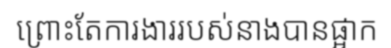
ព្រោះតែការងាររបស់នាងបានផ្អាក